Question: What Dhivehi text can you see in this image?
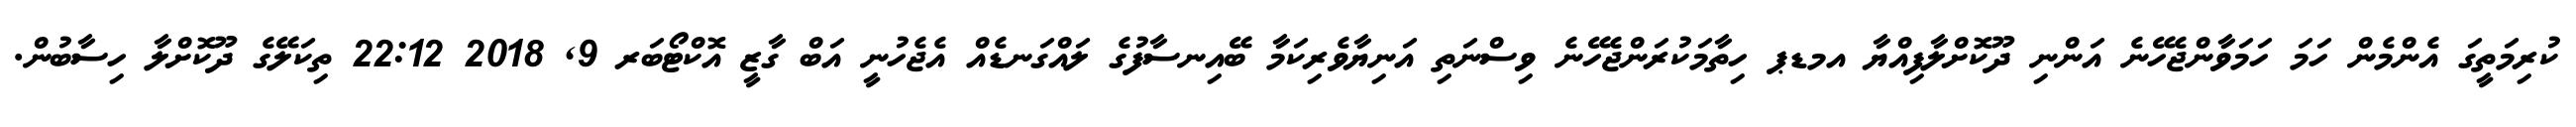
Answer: ކުރިމަތީގަ އެންމެން ހަމަ ހަމަވާންޖެހޭނެ އަންނި ދޫކޮށްލާފިއްޔާ އމޑޕ ހިތާމަކުރަންޖެހޭނެ ވިސްނަތި އަނިޔާވެރިކަމާ ބޭއިނސާފުގެ ލައްގަނޑެއް އެޖެހުނީ އަބް ގާޒީ އޮކްޓޯބަރ 9, 2018 22:12 ތިކަލޭގެ ދޫކޮށްލާ ހިސާބުން.